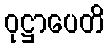
ဝုဋ္ဌာပေတိ